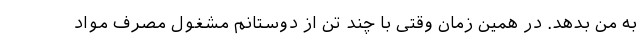
به من بدهد. در همین زمان وقتی با چند تن از دوستانم مشغول مصرف مواد